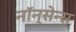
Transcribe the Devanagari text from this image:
नॉन्‌सेन्स